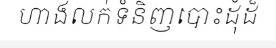
ហាងលក់ទំនិញបោះដុំដ៏